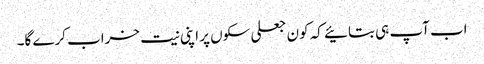
اب آپ ہی بتائیے کہ کون جعلی سکوں پر اپنی نیت خراب کرے گا۔